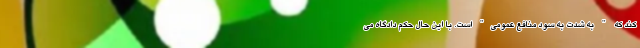
کند که " به شدت به سود منافع عمومی" است. با این حال حکم دادگاه می